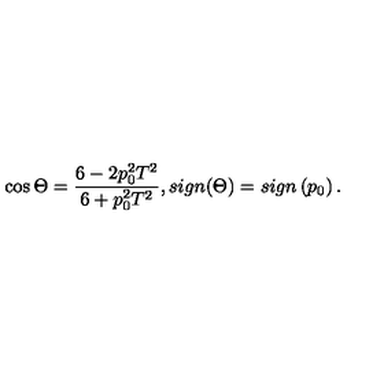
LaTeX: \cos \Theta = \frac { 6 - 2 p _ { 0 } ^ { 2 } T ^ { 2 } } { 6 + p _ { 0 } ^ { 2 } T ^ { 2 } } , s i g n ( \Theta ) = s i g n \left( p _ { 0 } \right) .